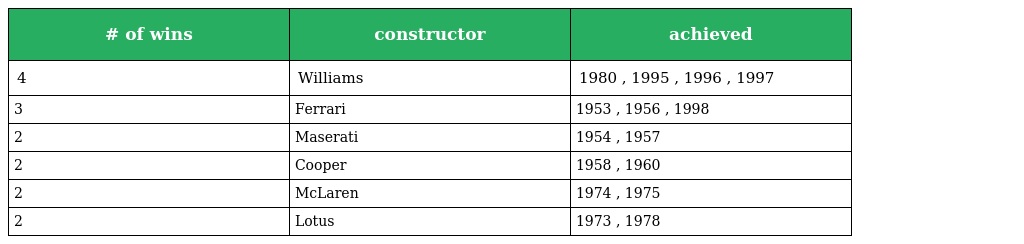
| # of wins | constructor | achieved |
 | --- | --- | --- |
 | 4 | Williams | 1980 , 1995 , 1996 , 1997 |
 | 3 | Ferrari | 1953 , 1956 , 1998 |
 | 2 | Maserati | 1954 , 1957 |
 | 2 | Cooper | 1958 , 1960 |
 | 2 | McLaren | 1974 , 1975 |
 | 2 | Lotus | 1973 , 1978 |